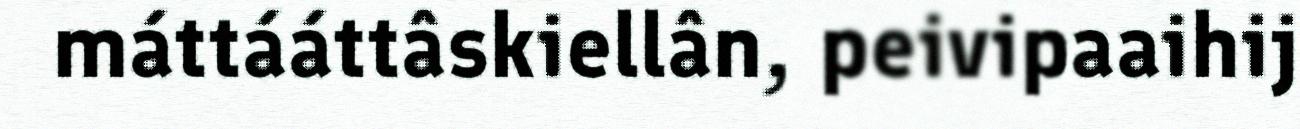
máttááttâskiellân, peivipaaihij